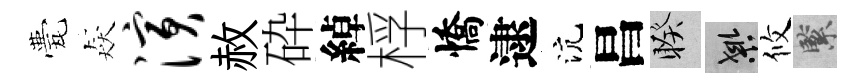
甍猋演赦砕綽桴憍逮沆昌睽良攸緊